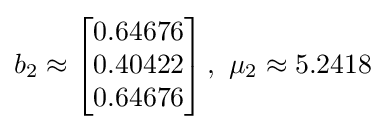
b_{2}\approx \left[{\begin{matrix}0.64676\\0.40422\\0.64676\\\end{matrix}}\right],~\mu _{2}\approx 5.2418